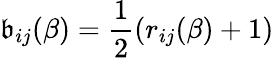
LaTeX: \mathfrak{b}_{ij}(\beta)=\frac{{1}}{{2}}\left(r_{ij}(\beta)+1\right)